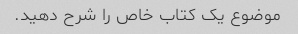
موضوع یک کتاب خاص را شرح دهید.